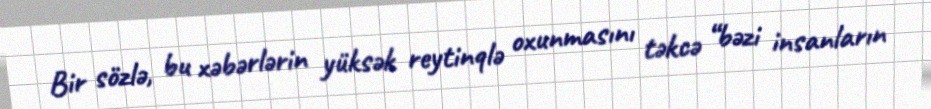
Bir sözlə, bu xəbərlərin yüksək reytinqlə oxunmasını təkcə “bəzi insanların